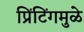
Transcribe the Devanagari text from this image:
प्रिंटिंगमुळे